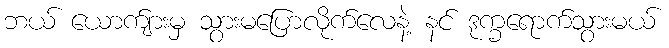
ဘယ် ယောက်ျားမှ သွားမပြောလိုက်လေနဲ့ နင် ဒုက္ခရောက်သွားမယ်